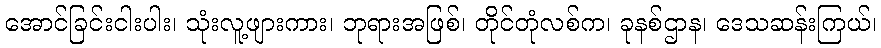
အောင်ခြင်းငါးပါး၊ သုံးလူ့ဖျားကား၊ ဘုရားအဖြစ်၊ တိုင်တုံလစ်က၊ ခုနစ်ဌာန၊ ဒေသဆန်းကြယ်၊